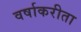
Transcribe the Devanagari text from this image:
वर्षाकरीता